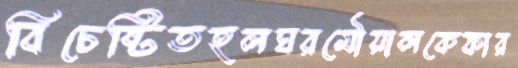
বিচেষ্টিতহলঘরমৌয়ালকেফার